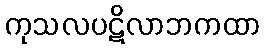
ကုသလပဋိလာဘကထာ